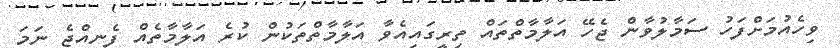
ވިހެއުމަށްފަހު ސަމާލުވާން ޖެހޭ އަލާމާތްތައް ތިރީގައިއެވާ އަލާމާތްތަކުން ކުރެ އަލާމާތެއް ފެނިއްޖެ ނަމަ